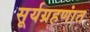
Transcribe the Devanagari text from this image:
सूर्यग्रहणांत